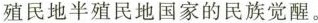
殖民地半殖民地国家的民族觉醒。